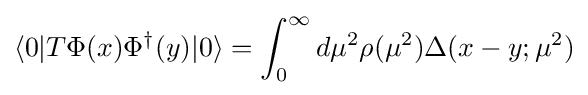
\langle 0|T\Phi (x)\Phi ^{\dagger }(y)|0\rangle =\int _{0}^{\infty }d\mu ^{2}\rho (\mu ^{2})\Delta (x-y;\mu ^{2})